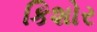
કિશોર